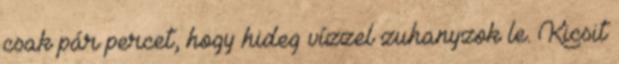
csak pár percet, hogy hideg vízzel zuhanyzok le. Kicsit